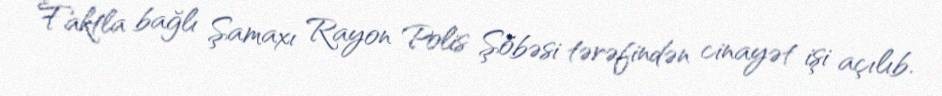
Faktla bağlı Şamaxı Rayon Polis Şöbəsi tərəfindən cinayət işi açılıb.